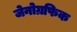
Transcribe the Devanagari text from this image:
जेनोग्रफिक